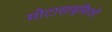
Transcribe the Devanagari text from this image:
मोटासाइकिलों